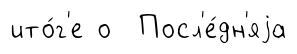
ито́г'е о Посл'е́дн'яjа